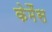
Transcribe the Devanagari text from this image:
केमैंस